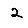
Digit: 2